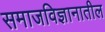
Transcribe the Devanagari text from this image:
समाजविज्ञानातील